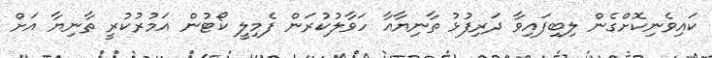
ކައިވެނިކޮށްގެން ލިބިފައިވާ ދަރިފުޅު ތާނިޔާއާ ހަވާލުކުރަން ފެމިލީ ކޯޓުން އަމުރުކުރީ ތާނިޔާ އަށް